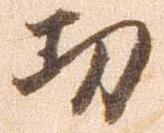
功